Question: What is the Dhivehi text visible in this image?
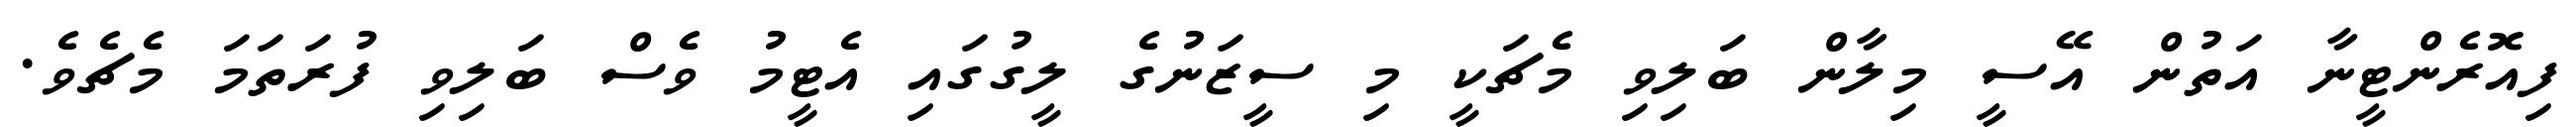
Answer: ފިއޮރެންޓީނާ އަތުން އޭސީ މިލާން ބަލިވި މެޗަކީ މި ސީޒަނުގެ ލީގުގައި އެޓީމު ވެސް ބަލިވި ފުރަތަމަ މެޗެވެ.